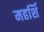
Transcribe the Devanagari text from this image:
महर्शि